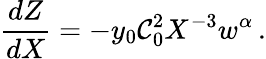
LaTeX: \frac{dZ}{dX}=-y_{0}\mathcal{C}_{0}^{2}X^{-3}w^{\alpha}\, .